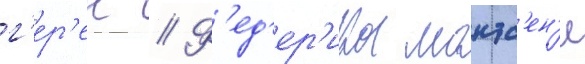
г'ер'ен // Ф'ед'ер'ика монтс'ен'и